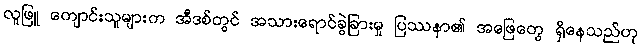
လူဖြူ ကျောင်းသူများက အီဒစ်တွင် အသားရောင်ခွဲခြားမှု ပြဿနာ၏ အဖြေတွေ ရှိနေသည်ဟု